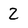
Character: 2